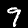
Digit: 9